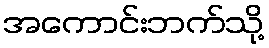
အကောင်းဘက်သို့